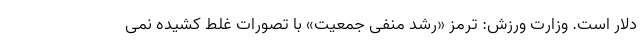
دلار است. وزارت ورزش: ترمز «رشد منفی جمعیت» با تصورات غلط کشیده نمی